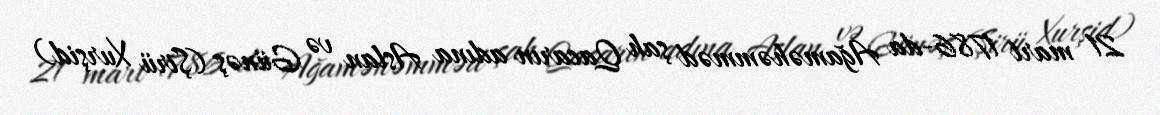
21 mart 1786-da Ağaməhəmməd şah Qacarın adına Aslan və Günəş (Şirü Xurşid)